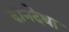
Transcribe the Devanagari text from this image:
दानदेथा